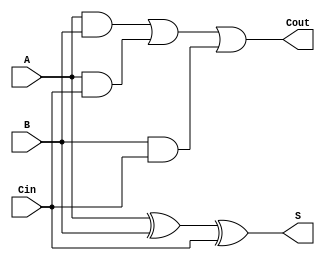
module async_full_adder (
    input wire A,      // First input operand
    input wire B,      // Second input operand
    input wire Cin,    // Carry-in input
    output wire S,     // Sum output
    output wire Cout    // Carry-out output
);

// Intermediate signals for carry calculations
wire AB;        // A AND B
wire ACin;     // A AND Cin
wire BCin;     // B AND Cin

// Sum output calculation using XOR gates
assign S = A ^ B ^ Cin;

// Carry output calculation using AND and OR gates
assign AB = A & B;
assign ACin = A & Cin;
assign BCin = B & Cin;
assign Cout = AB | ACin | BCin;

endmodule